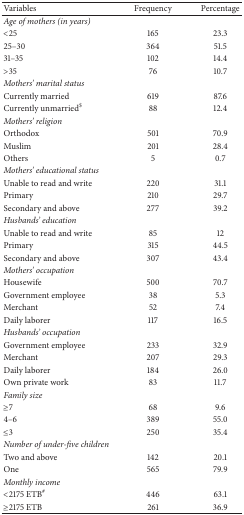
| Variables | Frequency | Percentage |
 | --- | --- | --- |
 | Age of mothers (in years) |  |  |
 | <25 | 165 | 23.3 |
 | 25–30 | 364 | 51.5 |
 | 31–35 | 102 | 14.4 |
 | >35 | 76 | 10.7 |
 | Mothers' marital status |  |  |
 | Currently married | 619 | 87.6 |
 | Currently unmarried$ | 88 | 12.4 |
 | Mothers' religion |  |  |
 | Orthodox | 501 | 70.9 |
 | Muslim | 201 | 28.4 |
 | Others | 5 | 0.7 |
 | Mothers' educational status |  |  |
 | Unable to read and write | 220 | 31.1 |
 | Primary | 210 | 29.7 |
 | Secondary and above | 277 | 39.2 |
 | Husbands' education |  |  |
 | Unable to read and write | 85 | 12 |
 | Primary | 315 | 44.5 |
 | Secondary and above | 307 | 43.4 |
 | Mothers' occupation |  |  |
 | Housewife | 500 | 70.7 |
 | Government employee | 38 | 5.3 |
 | Merchant | 52 | 7.4 |
 | Daily laborer | 117 | 16.5 |
 | Husbands' occupation |  |  |
 | Government employee | 233 | 32.9 |
 | Merchant | 207 | 29.3 |
 | Daily laborer | 184 | 26.0 |
 | Own private work | 83 | 11.7 |
 | Family size |  |  |
 | ≥7 | 68 | 9.6 |
 | 4–6 | 389 | 55.0 |
 | ≤3 | 250 | 35.4 |
 | Number of under-five children |  |  |
 | Two and above | 142 | 20.1 |
 | One | 565 | 79.9 |
 | Monthly income |  |  |
 | <2175 ETB# | 446 | 63.1 |
 | ≥2175 ETB | 261 | 36.9 |